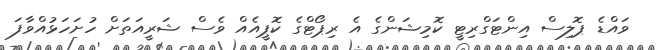
ވައްޑެ ޕޮލިސް އިންޓަގްރިޓީ ކޮމިޝަންގެ އެ ރިޕޯޓްގެ ކޮޕީއެއް ވެސް ޝަރީއަތަށް ހުށަހަޅުއްވާފަ